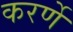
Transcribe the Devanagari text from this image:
करर्णे